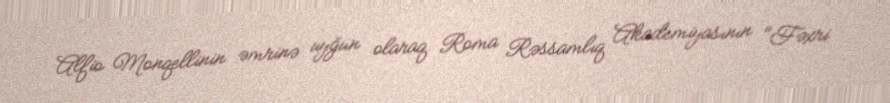
Alfio Monqellinin əmrinə uyğun olaraq Roma Rəssamlıq Akademiyasının "Fəxri